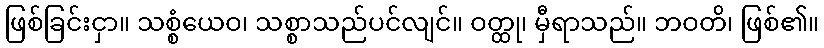
ဖြစ်ခြင်းငှာ။ သစ္စံယေဝ၊ သစ္စာသည်ပင်လျင်။ ဝတ္ထု၊ မှီရာသည်။ ဘဝတိ၊ ဖြစ်၏။